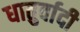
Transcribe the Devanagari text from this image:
धातुर्वादी